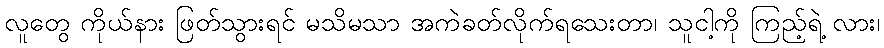
လူတွေ ကိုယ်နား ဖြတ်သွားရင် မသိမသာ အကဲခတ်လိုက်ရသေးတာ၊ သူငါ့ကို ကြည့်ရဲ့ လား၊